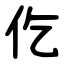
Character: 仡